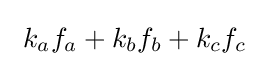
\ k_{a}f_{a}+k_{b}f_{b}+k_{c}f_{c}